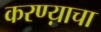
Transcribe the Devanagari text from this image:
करण्य़ाचा